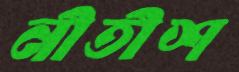
নীতীশ